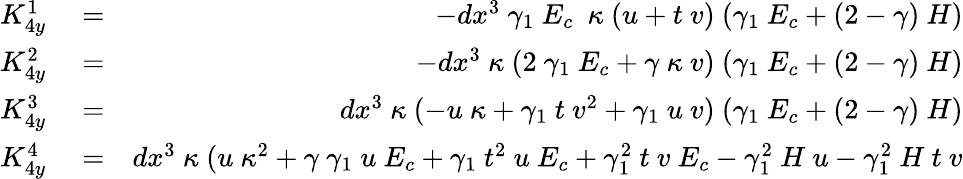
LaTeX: \begin{array}{rlr}{K_{4y}^{1}}&{{}=}&{-dx^{3}~\gamma_{1}~E_{c}~~\kappa~(u+t~v)~(\gamma_{1}~E_{c}+(2-\gamma)~H)}\\ {K_{4y}^{2}}&{{}=}&{-dx^{3}~\kappa~(2~\gamma_{1}~E_{c}+\gamma~\kappa~v)~(\gamma_{1}~E_{c}+(2-\gamma)~H)}\\ {K_{4y}^{3}}&{{}=}&{dx^{3}~\kappa~(-u~\kappa+\gamma_{1}~t~v^{2}+\gamma_{1}~u~v)~(\gamma_{1}~E_{c}+(2-\gamma)~H)}\\ {K_{4y}^{4}}&{{}=}&{dx^{3}~\kappa~(u~\kappa^{2}+\gamma~\gamma_{1}~u~E_{c}+\gamma_{1}~t^{2}~u~E_{c}+\gamma_{1}^{2}~t~v~E_{c}-\gamma_{1}^{2}~H~u-\gamma_{1}^{2}~H~t~v}\end{array}